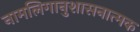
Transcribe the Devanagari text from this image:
नामलिगानुशासनात्मक